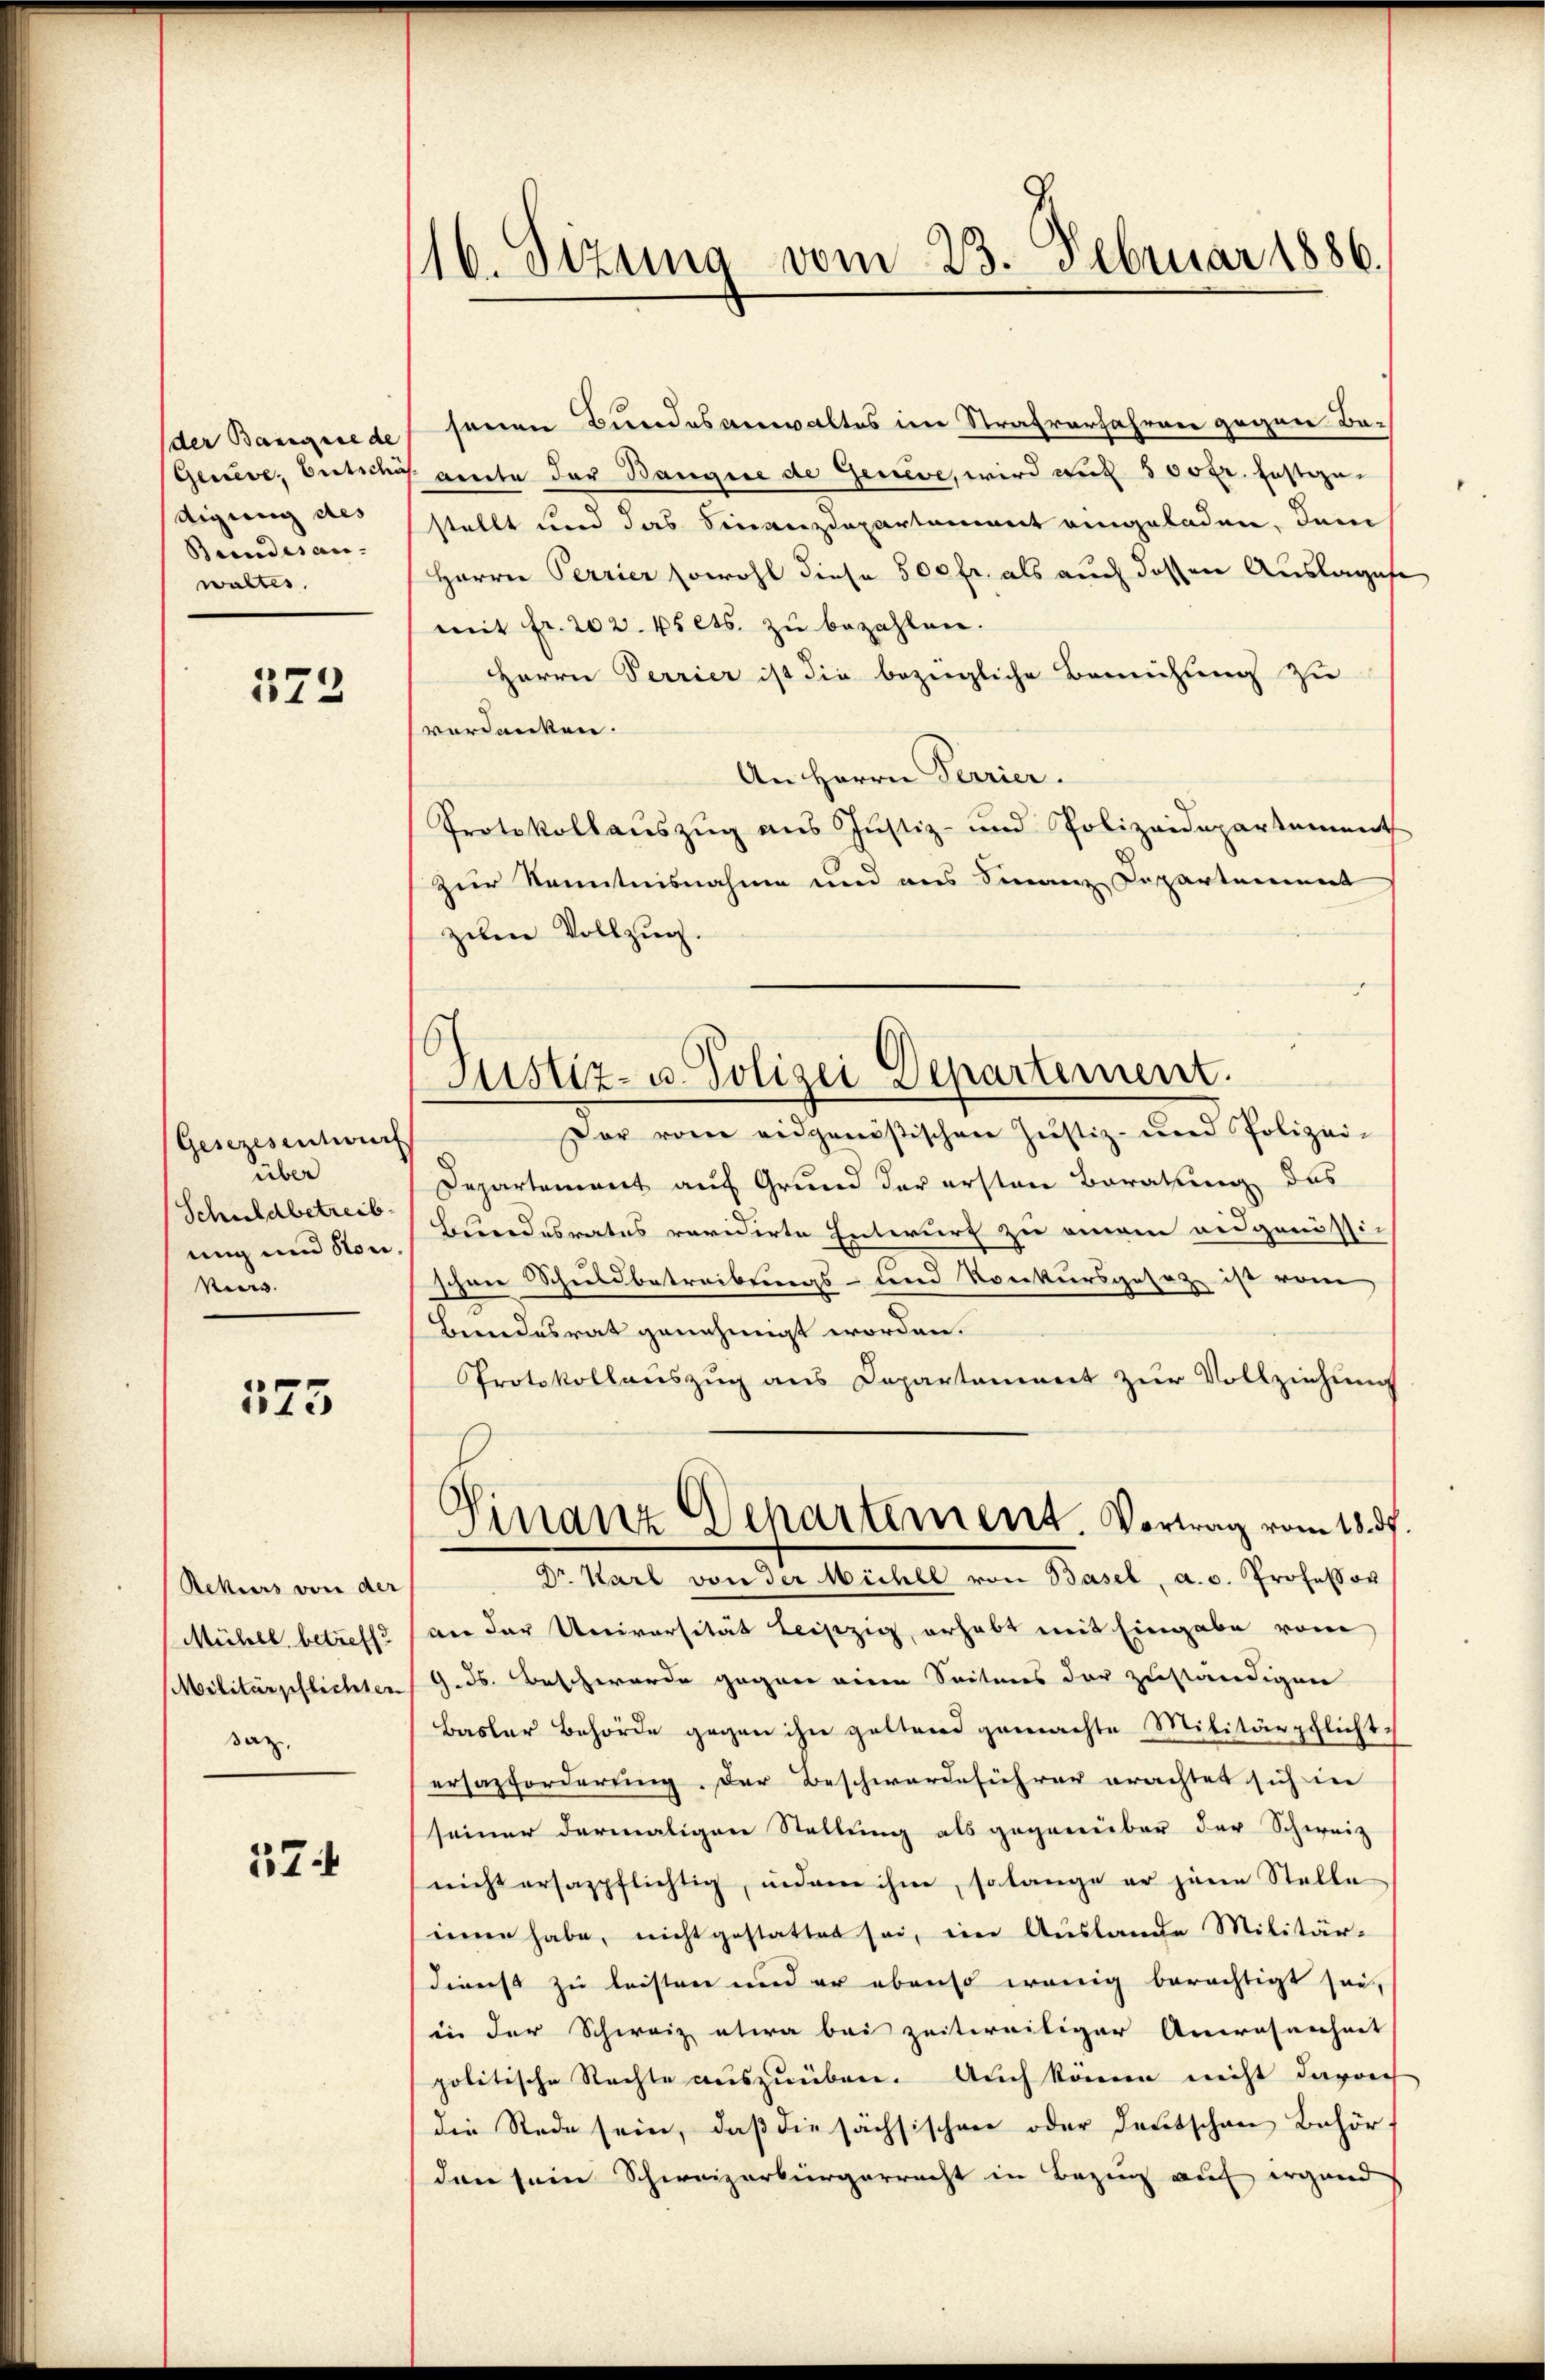
der Bangire de
Geneve, Entschu
igung des
Bundesan- |
waltes,

573

Gesezesentwurf
über
Schuldbetreibung und Kon¬
Meer |

573

Rekurs von der
Mühel, betreff
Militärpflichten
saz,

374

116. Sizung vom 23. Februar 1886.

Justiz- u. Polizei Departement.

senen Bundesanwaltes im Strafverfahren gegen Baante der Bangie de Geneve, wird auf 500 fr. festgestellt und das Finanzdepartement eingeladen, dem
Herrn Perrier sowohl diese 500 fr. als auch dessen Auslagese
mit fr. 202. 45 cts. zŭ bezahlen.
Herrn Perrier ist die bezügliche Bemühung zu
verdanken.
An Herrn Terrier.
Protokollauszug aus Justiz- und Polizeidepartement
zur Kenntnisnahme und aus Finanz Departement
zum Vollzug.
sor vom eidgenößischen Justiz- und Polizei-
Departement auf Grund der ersten Beratung das
Bundesrates revidirte Entwurf zu einem eidgenössi-
schon Schuldbetreibungs- und Konkursgesetz ist vom
Bundesrat genehmigt worden.
Protokollauszug aus Departement zur Vollziehung
Ginanz Departement. Vortrag vom 18. ds.
Dr. Karl von der Mühle von Basel, a. v. Professor
vor der Universität Leipzig, erhabt mit Eingabe vom
9. ds. Beschwerde gegen eine Seitens der zuständigen
Basler Behörde gegen ihn geltend gemachte Militärpflichtersazforderung der Beschwerde ihrer erachtet sich in
seiner dermaligen Stellung als gegenüber der Schweiz
nicht ersappflichtig, indem ihme, solange er jene Stelle
iinen habe, nicht gestattet sei, im Auslande Militär-
dienst zu leisten und er ebenso wenig berechtigt sei,
in der Schweiz etwa bei zeitweiliger Anwesenheit
politische Rechte auszuüben. Auch könne nicht davon
die Rede sein, daß die sächsischen oder Deutschen Behörden sein Schweizerbürgerrecht in Bezug auf irgend